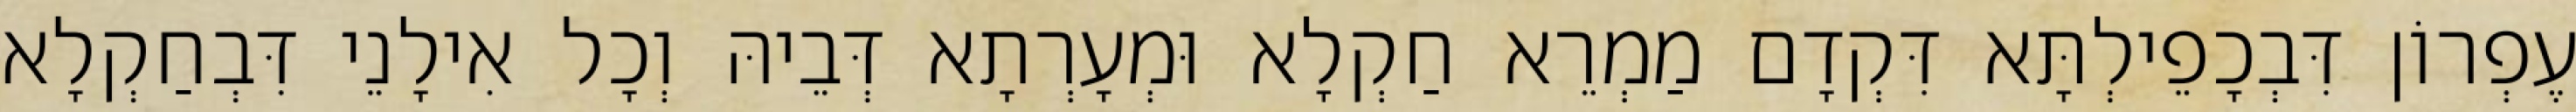
עֶפְרוֹן דִּבְכָפֵילְתָּא דִּקְדָם מַמְרֵא חַקְלָא וּמְעָרְתָא דְּבֵיהּ וְכָל אִילָנֵי דִּבְחַקְלָא